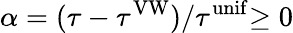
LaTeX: \alpha=(\tau-\tau^{\mathrm{VW}})/\tau^{\mathrm{unif}}{\geq 0}